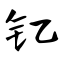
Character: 钇